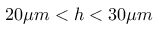
2 0 \mu m < h < 3 0 \mu m